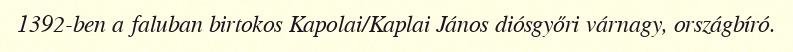
1392-ben a faluban birtokos Kapolai/Kaplai János diósgyőri várnagy, országbíró.